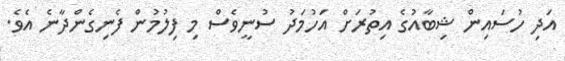
އަދި ހުސައިން ޝިބާއުގެ އިތުރަށް އަހުމަދު ސުނީވެސް މި ފިލުުމުން ފެނިގެންދާނެ އެވެ.